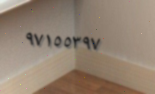
٩٧١٥٥٣٩٧